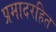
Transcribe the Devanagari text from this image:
प्रमादरहित